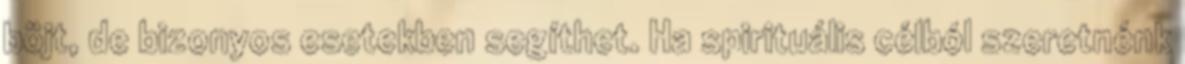
böjt, de bizonyos esetekben segíthet. Ha spirituális célból szeretnénk